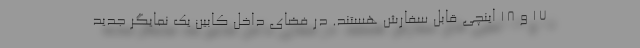
17 و 18 اینچی قابل سفارش هستند. در فضای داخل کابین یک نمایگر جدید